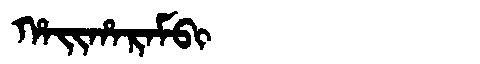
Manchu: ᡥᠠᡳᡥᠠᡵᠠᠮᠪᡳ
Romanization: HAIHARAMBI